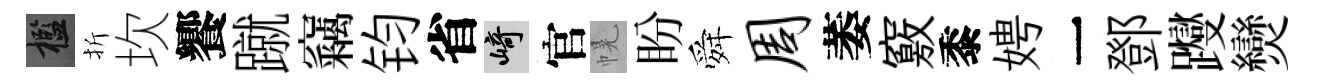
檻折坎饗蹴竊钧省崎官幌盼舜周萎竅黍娉一鄧躞𤓖